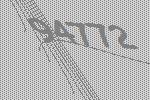
94772